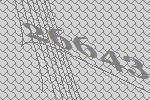
26643